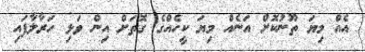
އެއް މިޔަ ތޫނުކޮށް އަނެއް މިޔަ ކީހެއްގެ ގޮތަށް އިން ވަޅި ހަރާލާފައި